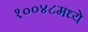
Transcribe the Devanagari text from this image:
१००४८मध्ये